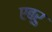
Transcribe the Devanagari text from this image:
एब्रु